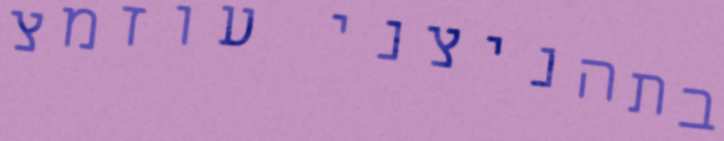
בתהניצני עוזמצ